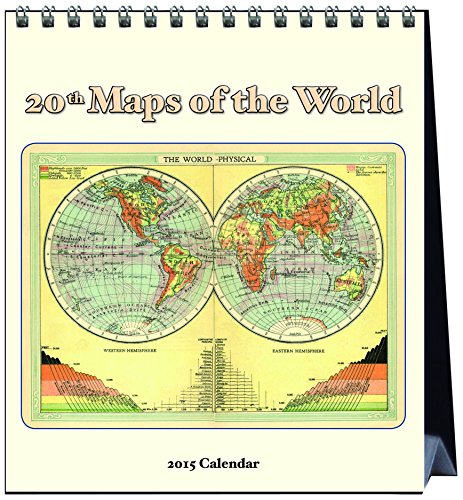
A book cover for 20th Century Maps (CL52252); Catch Publishing; Calendars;